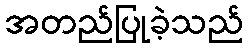
အတည်ပြုခဲ့သည်